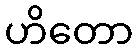
ဟိတော